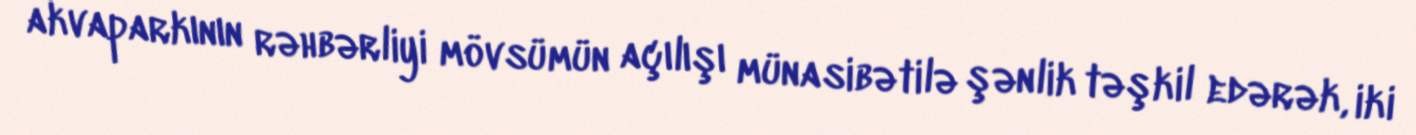
akvaparkının rəhbərliyi mövsümün açılışı münasibətilə şənlik təşkil edərək, iki